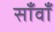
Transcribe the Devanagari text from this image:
साँवाँ